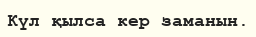
Күл қылса кер заманын.